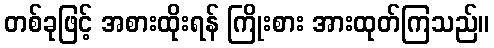
တစ်ခုဖြင့် အစားထိုးရန် ကြိုးစား အားထုတ်ကြသည်။